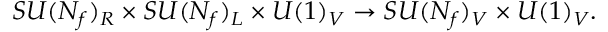
S U ( N _ { f } ) _ { R } \times S U ( N _ { f } ) _ { L } \times U ( 1 ) _ { V } \rightarrow S U ( N _ { f } ) _ { V } \times U ( 1 ) _ { V } .